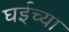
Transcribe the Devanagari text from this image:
घईच्या